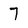
Character: 7